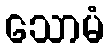
သောမံ